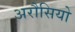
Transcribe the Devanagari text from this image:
अरौसियो